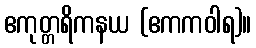
ဧကုတ္တရိကနယ (ဧကကဝါရ)။